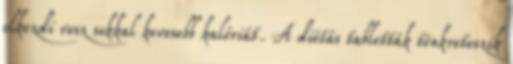
elkezdi vesz sokkal kevesebb kalóriát. A diétás tabletták tönkreteszik